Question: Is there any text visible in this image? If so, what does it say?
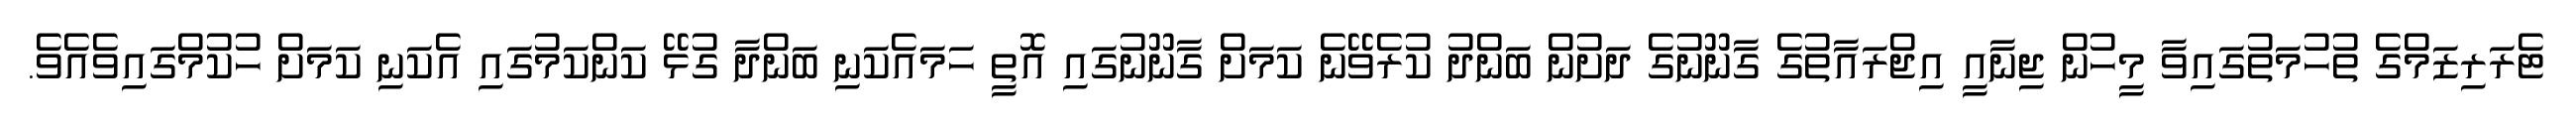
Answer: ޓެރަރިޒަމްގެ ތުހުމަތުގައިވާ މީހުން ޖިނާއީ އިޖްރައާތުގެ ގާނޫނުގެ ދަށުން ބަންދު ކުރެވޭނެ ކަމަށް ގާނޫނުގައި އޮތީ ހަމައެކަނި ބަންދާ ގުޅޭ ކަންކަމުގައި އެކަނި ކަމަށް ހުކުމްގައިވެއެވެ.